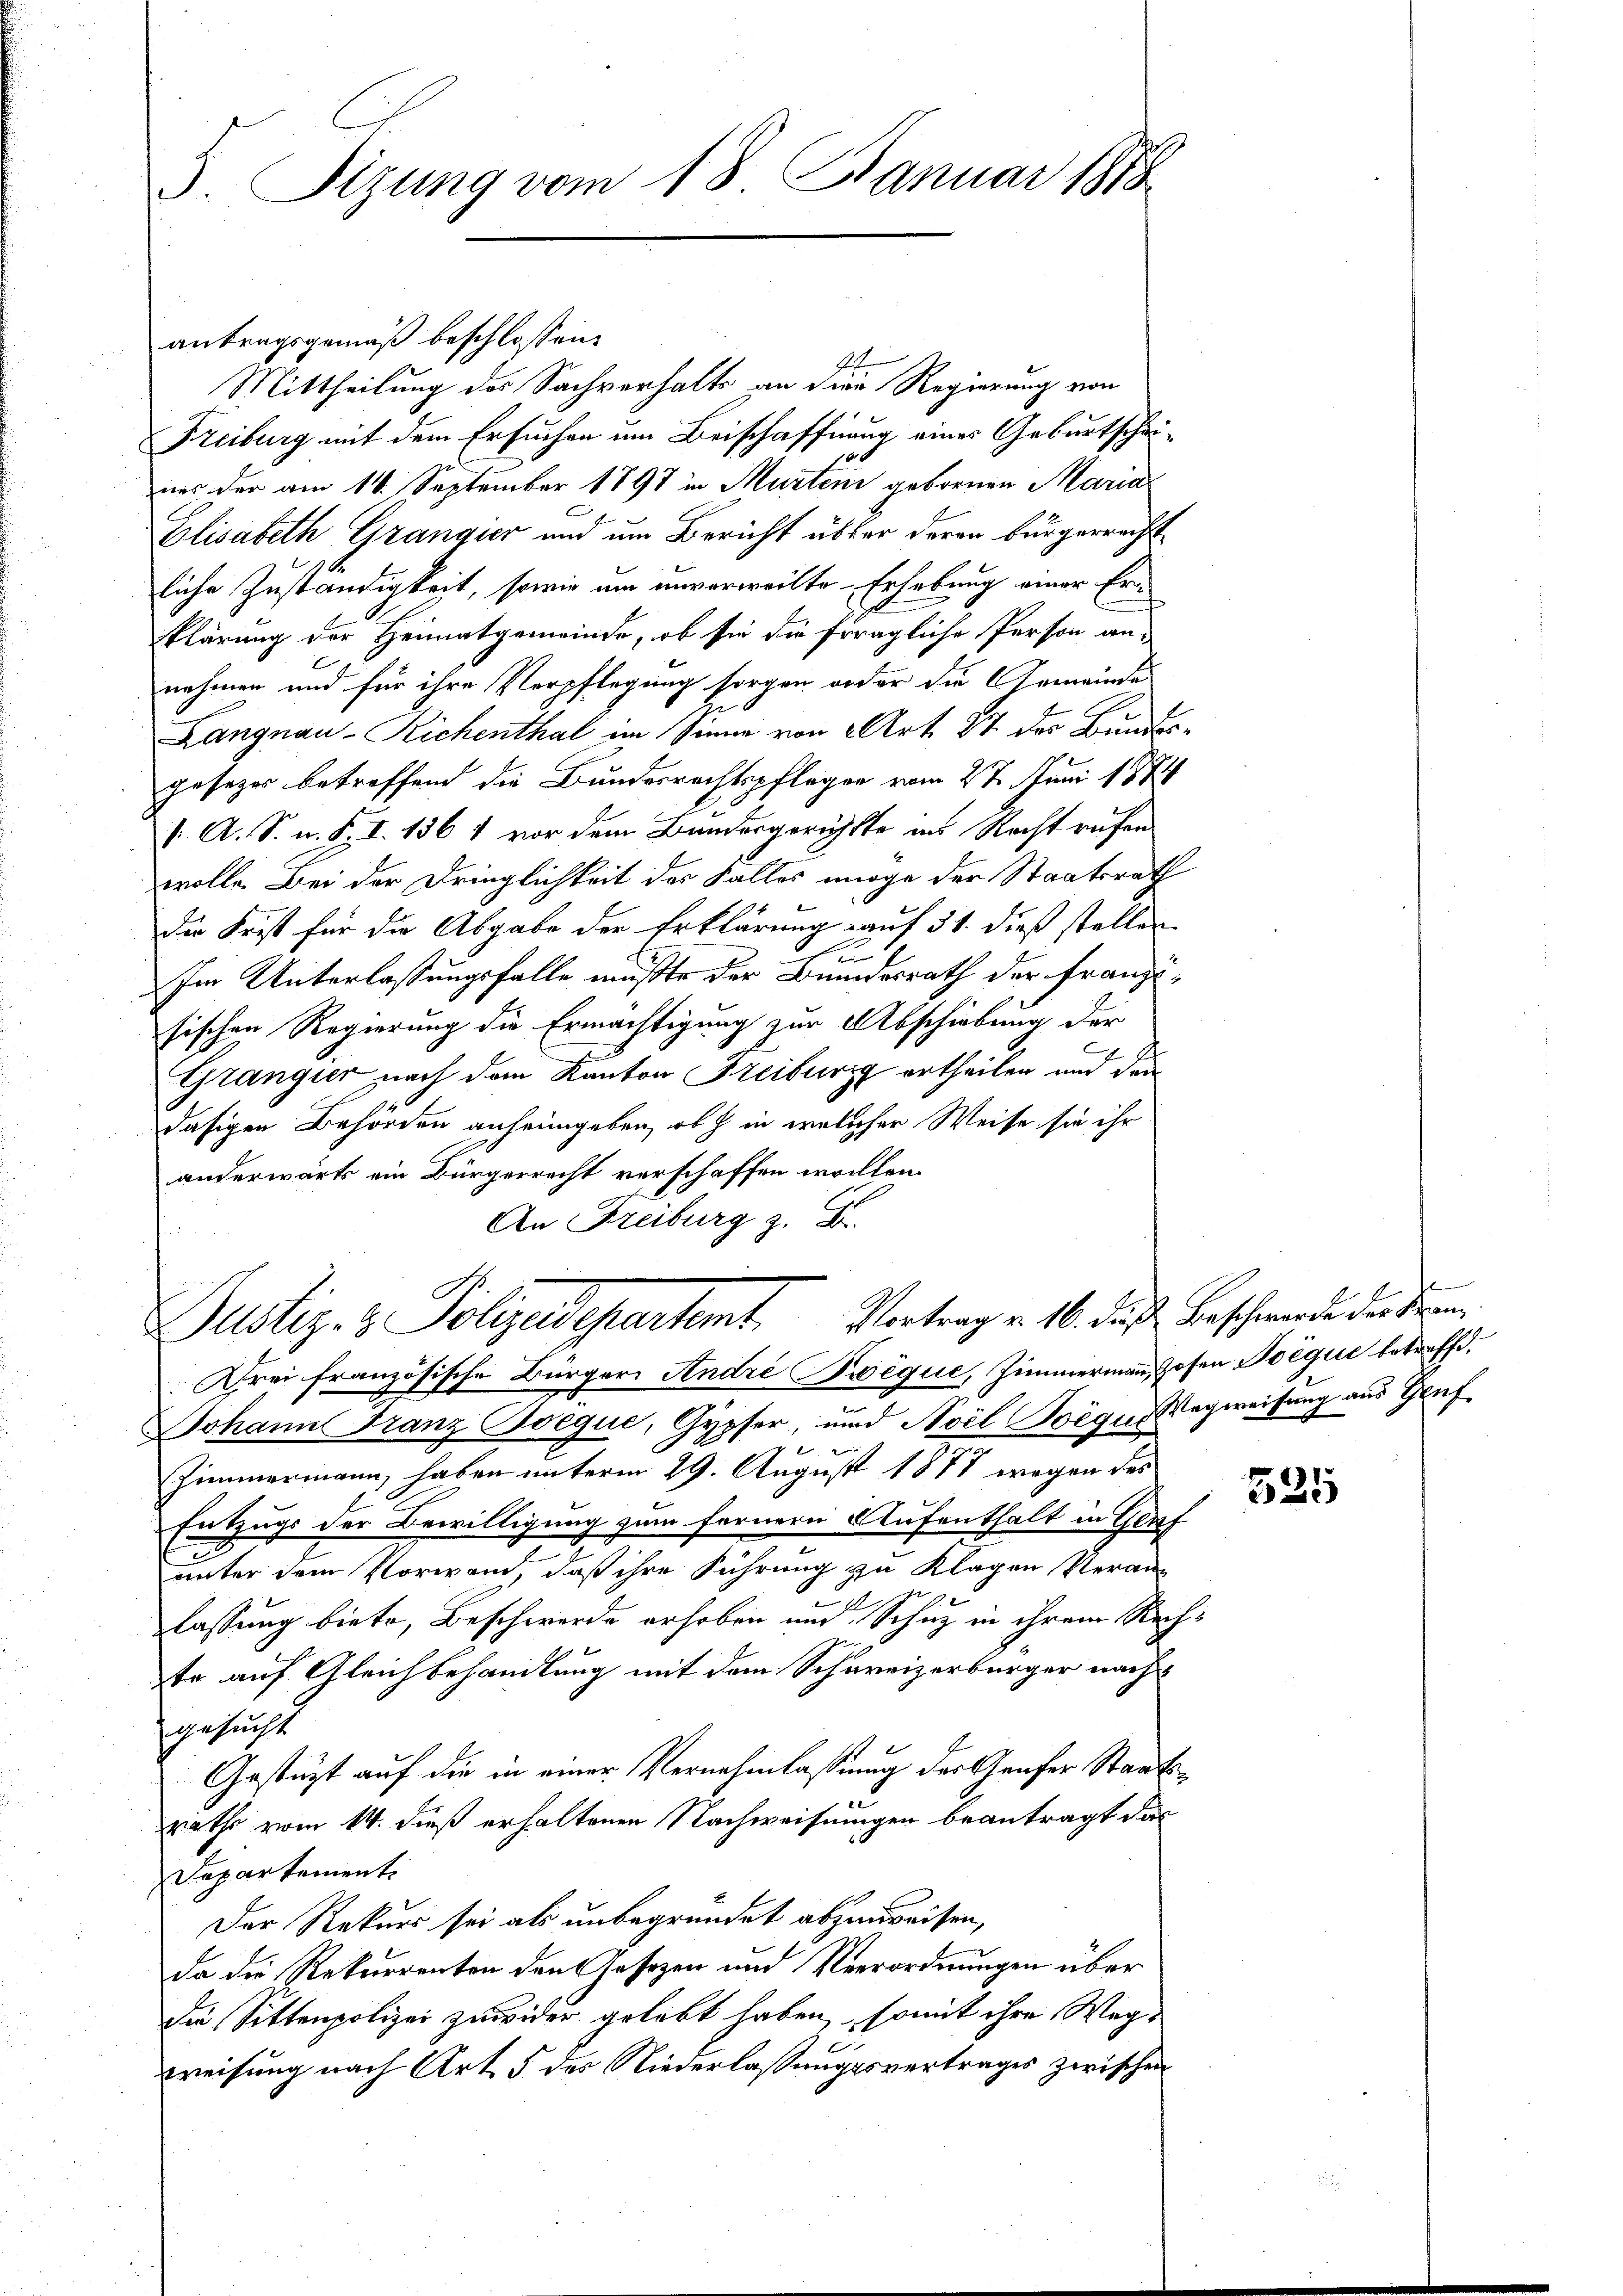
3. Sizung vom 18. Januar 1818.

antragsgemäß beschlossen:
Mittheilung des Sachverhalts an die Regierung von
Freiburg mit dem Ersuchen um Beischaffnung einer Geburtscheinus der am 14. September 1898 in Murten gebornen Maria
Elisabeth Grangier und um Bericht über deren bürgerrecht
liche Zuständigkeit, sowie um unverweilte Erhebung einer Erklärung der Heimatgemeinde, ob sie die fragliche Person an-
E
nehmen und für ihre Verpflegung sorgen oder die Gemeinde
Langnau-Richenthal im Sinne von Art. 87 der Bundesgesezes betreffend die Bundesrechtspflegen vom 27. Juni 1874
V. A. S. n. F. I. 1861 vor dem Bundesgerichtte in Recht rufen
wolle. Bei der Dringlichkeit des Falles möge der Staatsrath
die Frist für die Abgabe der Erklärung auf 31. dieß stellen
.
.
Im Unterlassungsfalle mußte der Bundesrath der Franzisischen Regierung die Ermächtigung zur Abschiebung der
Grangier nach dem Kanton Freiburg ertheilen und der
dasigen Behörden anheimgeben, ob in welcher Weise sie ihr
anderwärts ein Bürgerrecht verschaffen wollen.
An Freiburg z. B.

Justiz- & Polizeidepartamt Vortrag v. 16. das Beschwerde der kein
Drei französische Bürger André Twèque, Zimmermann, Hosen Beque betreffd.

Johann Franz Poeque, Gypfer, und Aoil Boèqu. Wegweisung aus Genf
2
Zimmermann, haben unterm 29. August 1878 wegen des
Entzugs der Bewilligung zum fernern Aufenthalt in Genf
unter dem Vorwand, daß ihre Führung zu Klagen Veran¬
13
e
lassung biete, Beschwerde erhoben und Schuz in ihrem Rechte auf Gleichbehandlung mit dem Schareizerbürger nach
gesucht
Gestützt auf die in einer Vernehmlassung des Grafer Staatsx
rathe vom 14. dieß erhaltenen Nachweisungen beantragt das
Departement
Der Rekurs sei als unbegründet abzuweisen,
da die Rekurrenten den Gesezen und Verordnungen über
die Sittenpolizei zuwider gelebt haben, somit ihre Wegweisung nach Art. 5 des Niederlassungsvertrages zwischen

525